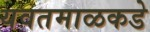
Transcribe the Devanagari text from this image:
यवतमाळकडे